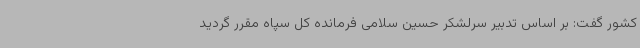
کشور گفت: بر اساس تدبیر سرلشکر حسین سلامی فرمانده کل سپاه مقرر گردید